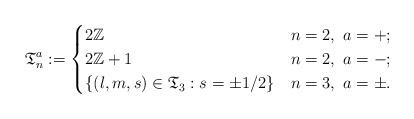
LaTeX: \begin{align*} \mathfrak{T}^{a}_n:=\begin{cases} 2\mathbb{Z} &n=2,\ a=+;\\ 2\mathbb{Z}+1 &n=2,\ a=-;\\ \{(l,m,s)\in \mathfrak{T}_3: s=\pm 1/2\}&n=3,\ a=\pm. \end{cases}\end{align*}